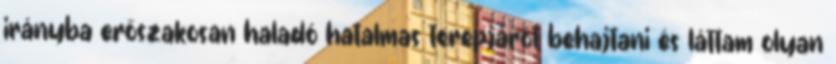
irányba erőszakosan haladó hatalmas terepjárót behajtani és láttam olyan